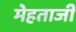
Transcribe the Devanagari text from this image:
मेहताजी